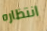
انتظاره